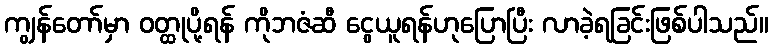
ကျွန်တော်မှာ ဝတ္ထုပို့ရန် ကိုဘဇံဆီ ငွေယူရန်ဟုပြောပြီး လာခဲ့ရခြင်းဖြစ်ပါသည်။